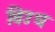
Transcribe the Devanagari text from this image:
विउध